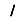
Digit: 1